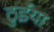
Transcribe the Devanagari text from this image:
ठुईया